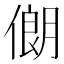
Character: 𱏃